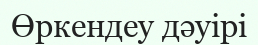
Өркендеу дәуірі